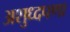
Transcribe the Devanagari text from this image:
अशुध्दपणा